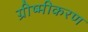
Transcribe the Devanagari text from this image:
ग्रीष्मीकरण